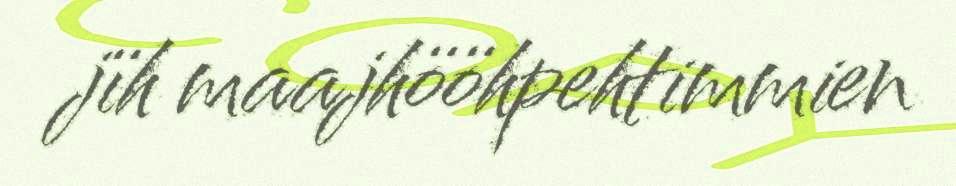
jïh maajhööhpehtimmien